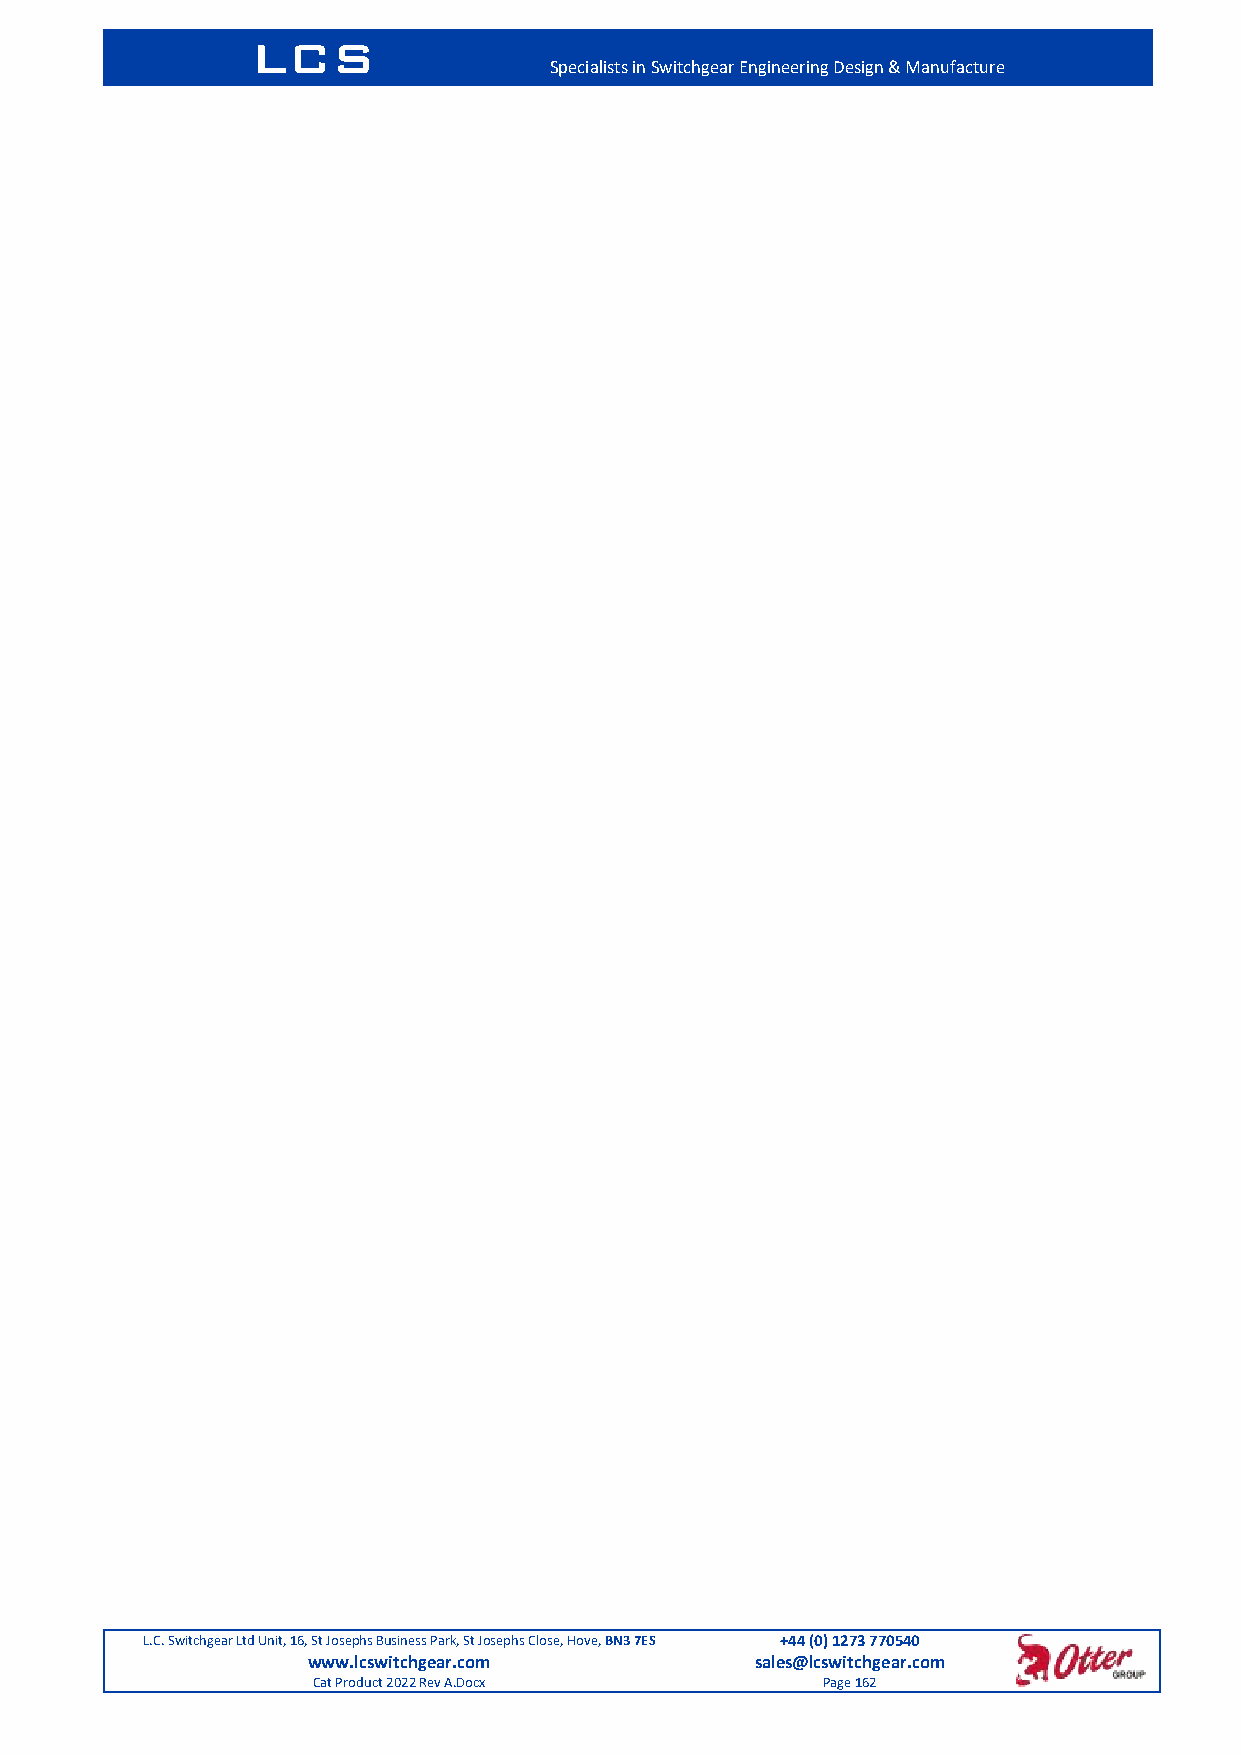
LCS
 Specialists in Switchgear Engineering Design & Manufacture
 L.C. Switchgear Ltd Unit, 16, St Josephs Business Park, St Josephs Close, Hove, BN3 7ES +44 (0) 1273 770540
 www.lcswitchgear.com          sales@lcswitchgear.com
 Cat Product 2022 Rev A.Docx      Page 162